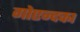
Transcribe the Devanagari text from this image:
गोएन्दका